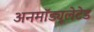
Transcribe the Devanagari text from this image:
अनमॉड्यूलेटेड